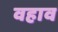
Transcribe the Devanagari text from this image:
वहाव